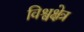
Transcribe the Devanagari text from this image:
विश्वक्षेत्र